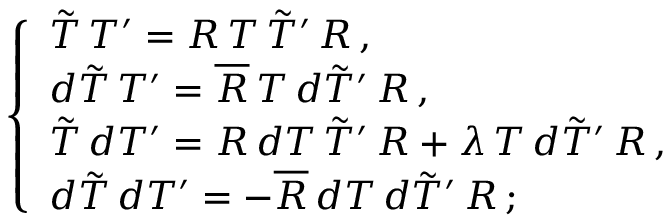
\left\{ \begin{array} { l } { { \tilde { T } \, T ^ { \prime } = R \, T \, \tilde { T } ^ { \prime } \, R \, , } } \\ { { d \tilde { T } \, T ^ { \prime } = \overline { { { R } } } \, T \, d \tilde { T } ^ { \prime } \, R \, , } } \\ { { \tilde { T } \, d T ^ { \prime } = R \, d T \, \tilde { T } ^ { \prime } \, R + \lambda \, T \, d \tilde { T } ^ { \prime } \, R \, , } } \\ { { d \tilde { T } \, d T ^ { \prime } = - \overline { { { R } } } \, d T \, d \tilde { T } ^ { \prime } \, R \, ; } } \end{array} \right.